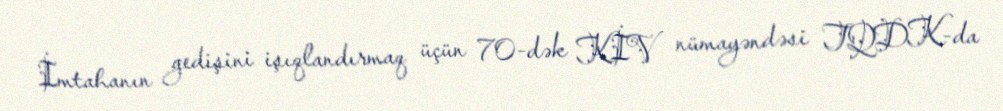
İmtahanın gedişini işıqlandırmaq üçün 70-dək KİV nümayəndəsi TQDK-da